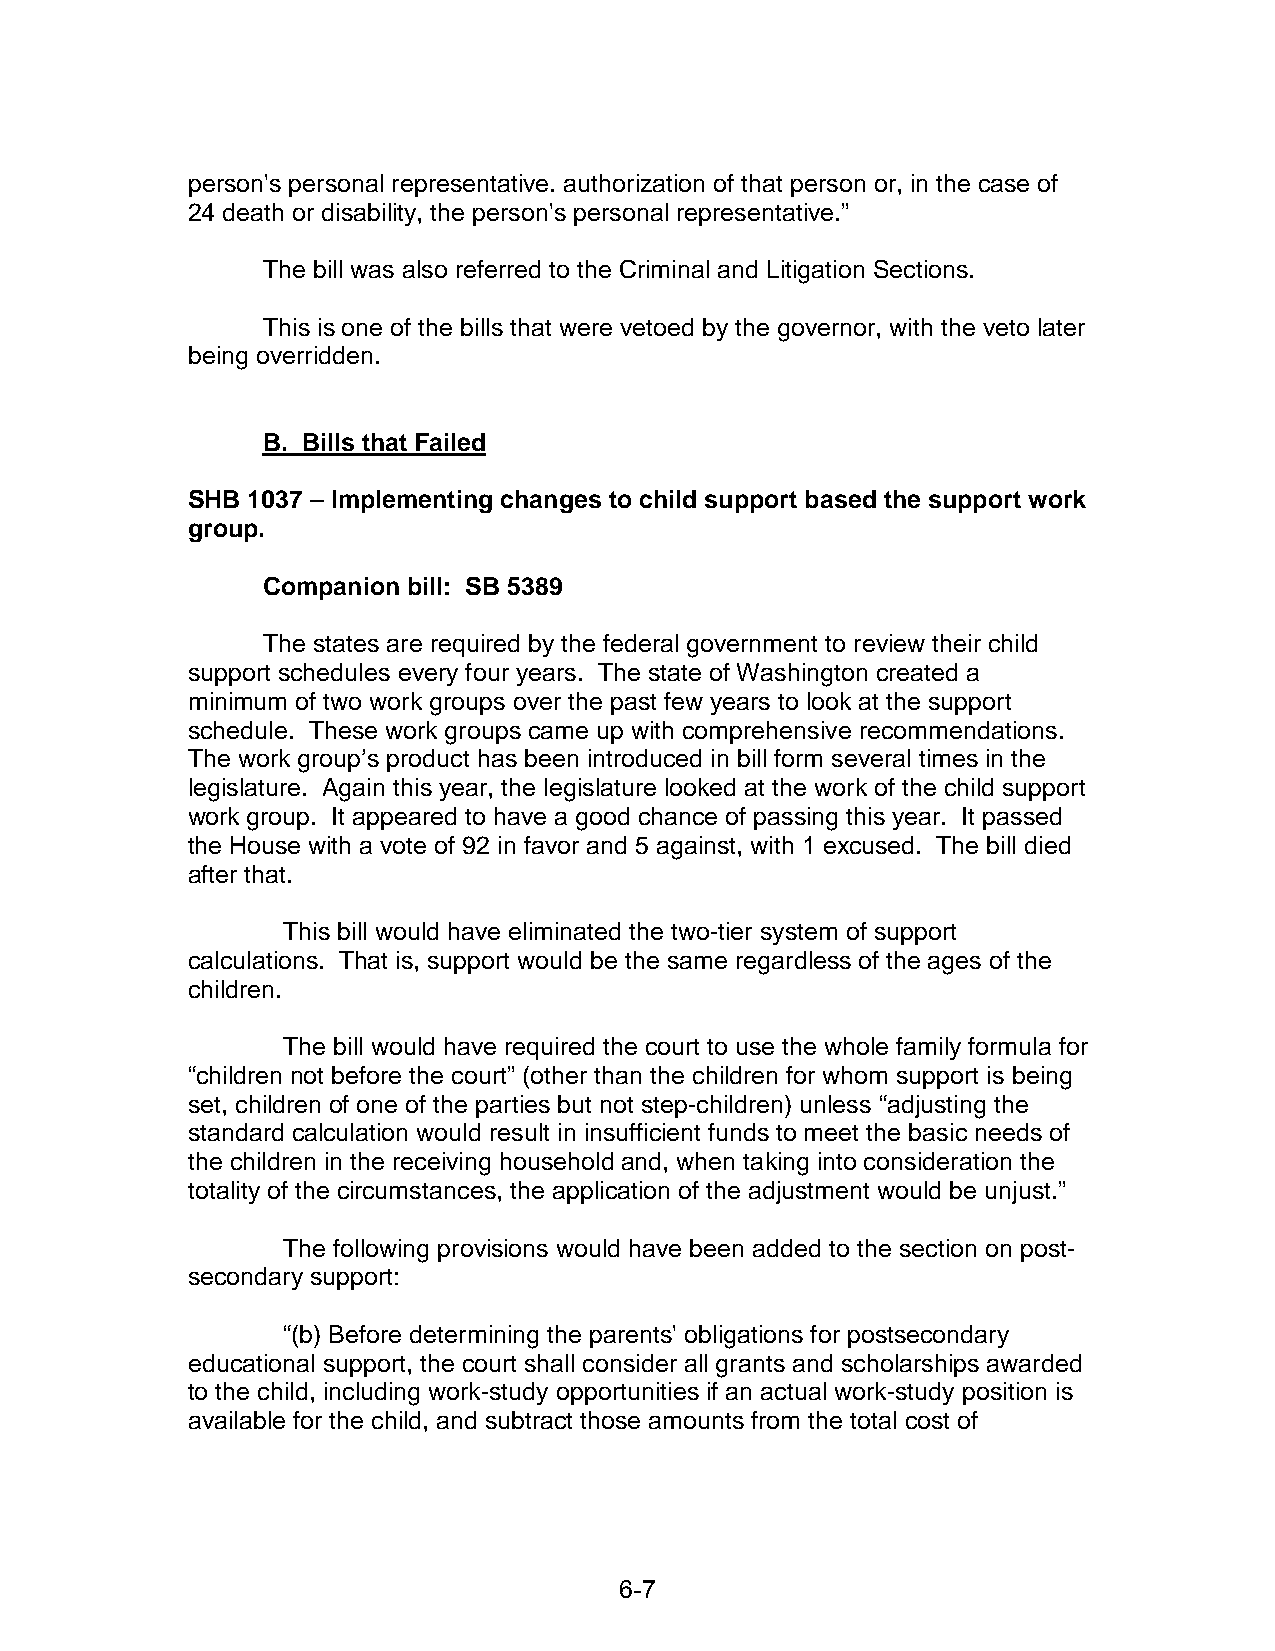
person's personal representative. authorization of that person or, in the case of
 24 death or disability, the person's personal representative.”
 The bill was also referred to the Criminal and Litigation Sections.
 This is one of the bills that were vetoed by the governor, with the veto later
 being overridden.
 B. Bills that Failed
 SHB 1037 – Implementing changes to child support based the support work
 group.
 Companion bill: SB 5389
 The states are required by the federal government to review their child
 support schedules every four years. The state of Washington created a
 minimum of two work groups over the past few years to look at the support
 schedule. These work groups came up with comprehensive recommendations.
 The work group’s product has been introduced in bill form several times in the
 legislature. Again this year, the legislature looked at the work of the child support
 work group. It appeared to have a good chance of passing this year. It passed
 the House with a vote of 92 in favor and 5 against, with 1 excused. The bill died
 after that.
 This bill would have eliminated the two-tier system of support
 calculations. That is, support would be the same regardless of the ages of the
 children.
 The bill would have required the court to use the whole family formula for
 “children not before the court” (other than the children for whom support is being
 set, children of one of the parties but not step-children) unless “adjusting the
 standard calculation would result in insufficient funds to meet the basic needs of
 the children in the receiving household and, when taking into consideration the
 totality of the circumstances, the application of the adjustment would be unjust.”
 The following provisions would have been added to the section on post-
 secondary support:
 “(b) Before determining the parents' obligations for postsecondary
 educational support, the court shall consider all grants and scholarships awarded
 to the child, including work-study opportunities if an actual work-study position is
 available for the child, and subtract those amounts from the total cost of
 6-7